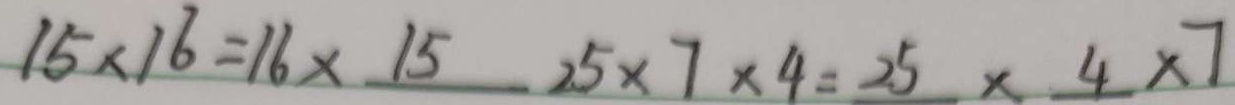
1 5 \times 1 6 = 1 6 \times 1 5 2 5 \times 7 \times 4 = 2 5 \times 4 \times 7